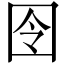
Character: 囹